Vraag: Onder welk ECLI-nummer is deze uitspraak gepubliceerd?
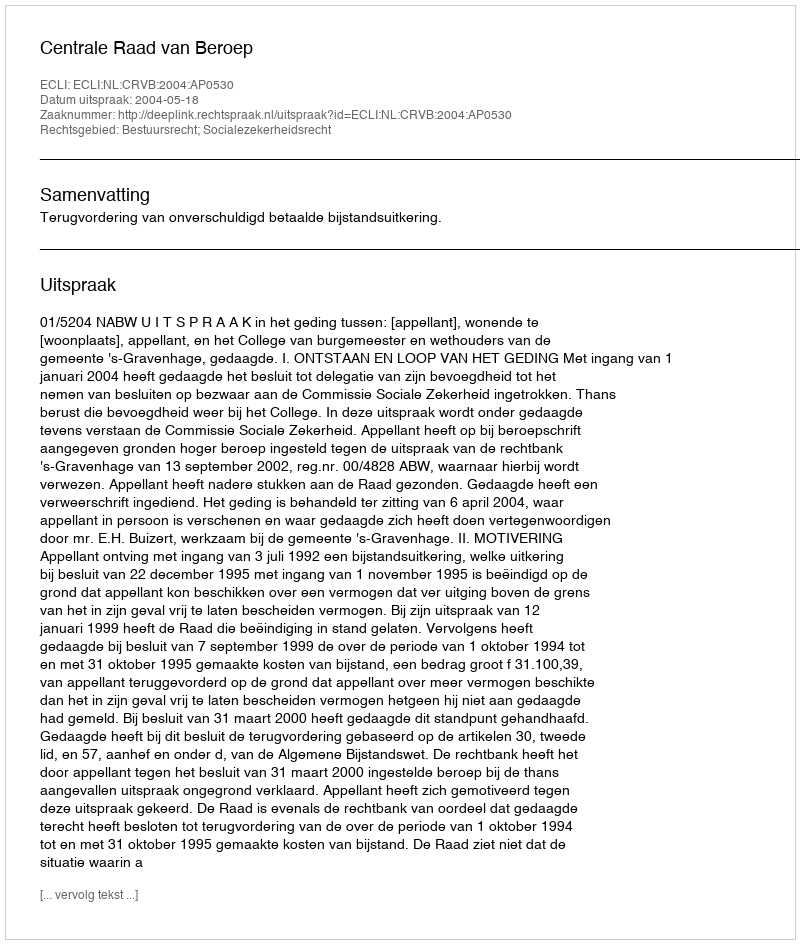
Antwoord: ECLI:NL:CRVB:2004:AP0530